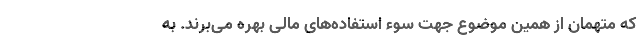
که متهمان از همین موضوع جهت سوء استفاده‌های مالی بهره می‌برند. به